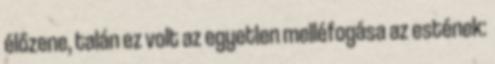
élőzene, talán ez volt az egyetlen melléfogása az estének: